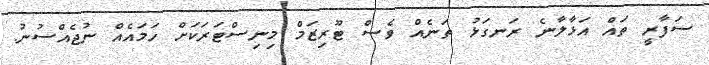
ސަފާރީ ތައް އަޅާލާނެ ރަނގަޅު ތަނެއް ވެސް ޓޫރިޒަމް މިނިސްޓަރަކަށް ހަމައެއް ނުޖެއްސުނު.